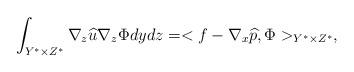
LaTeX: \begin{align*}\int_{ Y^{\ast}\times Z^{\ast}}\nabla_{z}\widehat{u}\nabla_{z}\Phi dydz=<f-\nabla_{x}\widehat{p},\Phi> _{Y^{\ast}\times Z^{\ast}},\end{align*}